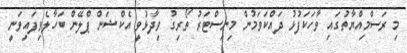
މި ރަސްމިއްޔާތުގައި ވާހަކަފުޅު ދައްކަވަމުން މިނިސްޓަރު ތޯރިގު ވިދާޅުވީ އެކްޝަން ޕްލޭން ބަހާލެވިފައިވަނީ